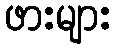
ဖားများ